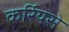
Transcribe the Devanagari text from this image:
कर्रियसे